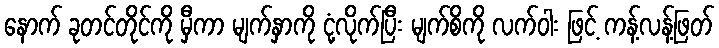
နောက် ခုတင်တိုင်ကို မှီကာ မျက်နှာကို ငုံ့လိုက်ပြီး မျက်စိကို လက်ဝါး ဖြင့် ကန့်လန့်ဖြတ်